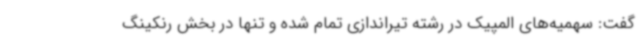
گفت: سهمیه‌های المپیک در رشته تیراندازی تمام شده و تنها در بخش رنکینگ